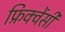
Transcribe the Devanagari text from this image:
फ्रिक्‍वेंसी